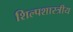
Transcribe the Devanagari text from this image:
शिल्पशास्त्रीय